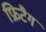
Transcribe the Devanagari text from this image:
फ्रिटैग